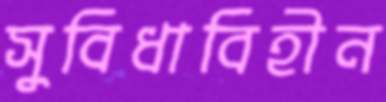
সুবিধাবিহীন